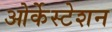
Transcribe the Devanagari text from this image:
ओर्केस्टेशन